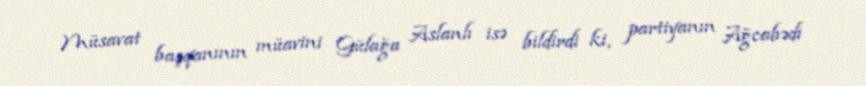
Müsavat başqanının müavini Gülağa Aslanlı isə bildirdi ki, partiyanın Ağcabədi